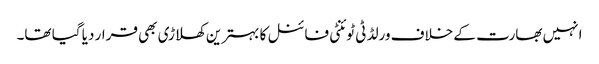
انہیں بھارت کے خلاف ورلڈ ٹی ٹوئنٹی فائنل کا بہترین کھلاڑی بھی قرار دیا گیا تھا۔